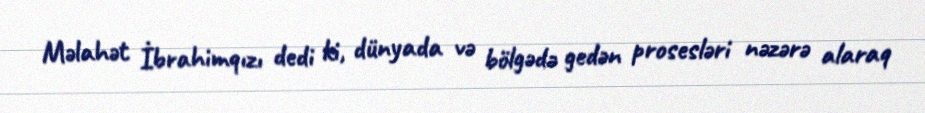
Məlahət İbrahimqızı dedi ki, dünyada və bölgədə gedən prosesləri nəzərə alaraq